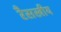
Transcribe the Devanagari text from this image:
रैसखीय